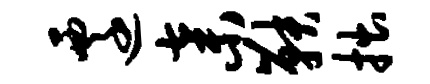
迁弃鞅拙